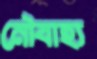
নৌবাহ্য